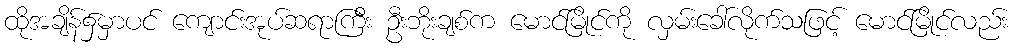
ထိုအချိန်၌မှာပင် ကျောင်းအုပ်ဆရာကြီး ဦးဘိုးချစ်က မောင်မြိုင်ကို လှမ်းခေါ်လိုက်သဖြင့် မောင်မြိုင်လည်း